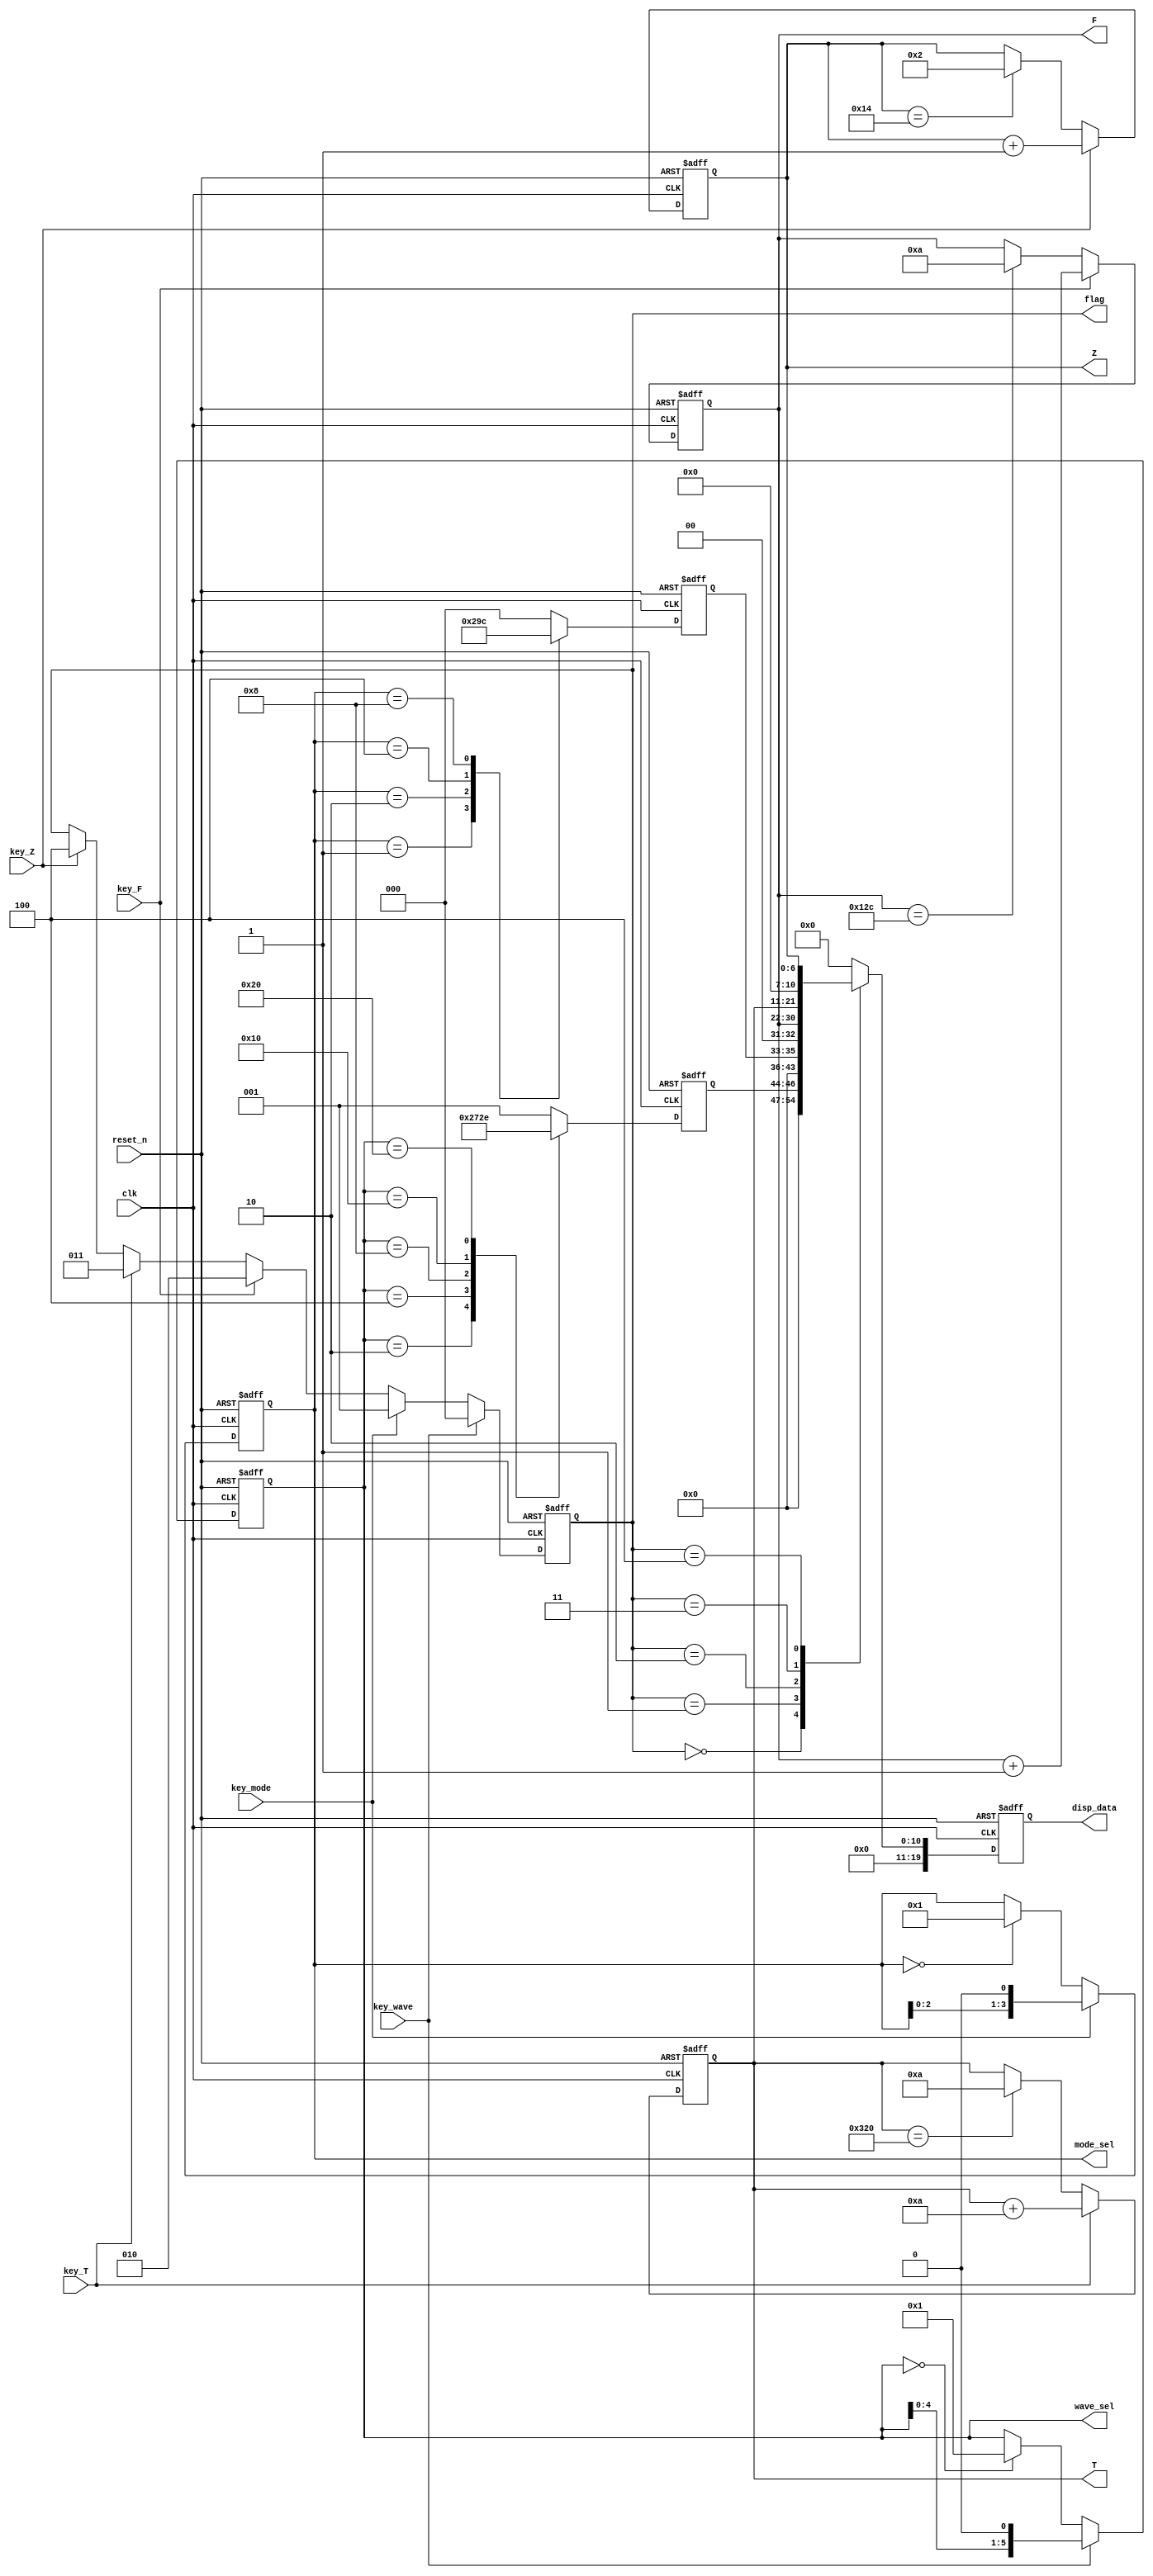
`timescale 1ns / 1ps
//////////////////////////////////////////////////////////////////////////////////
// Company: 
// Engineer: 
// 
// Design Name: 
// Module Name: para_con
// Project Name: 
// Target Devices: 
// Tool Versions: 
// Description: 
// 
// Dependencies: 
// 
// Revision:
// Revision 0.01 - File Created
// Additional Comments:
// 
//////////////////////////////////////////////////////////////////////////////////


`timescale 1ns / 1ps
//////////////////////////////////////////////////////////////////////////////////
// Company: 
// Engineer: 
// 
// Design Name: 
// Module Name: key_led
// Project Name: 
// Target Devices: 
// Tool Versions: 
// Description: 
// 
// Dependencies: 
// 
// Revision:
// Revision 0.01 - File Created
// Additional Comments:
// 
//////////////////////////////////////////////////////////////////////////////////

//
module para_con(
    input wire clk, //50M
    input wire reset_n, //
    input wire key_wave,//wave_sel
    input wire key_mode,//mode_sel
    input wire key_F,//F
    input wire key_T,//T
    input wire key_Z,//Z
    
    output reg  [5:0]   wave_sel,
    output reg  [3:0]   mode_sel,    
    output reg  [8:0]   F,// 1 0.1MHZ
    output reg  [10:0]  T,//
    output reg  [6:0]   Z,//0-1001/Z   
    output reg  [19:0]  disp_data,
    output reg  [2:0]  flag //      
    );
    
//wave_sel
always@(posedge clk or negedge reset_n)
    if(!reset_n)
        wave_sel <= 6'b000_001;
    else if(key_wave)
        wave_sel <= wave_sel << 1;
    else if(wave_sel == 6'b000_000)
        wave_sel <= 6'b000_001;
    else
        wave_sel <= wave_sel;

//mode_sel
always@(posedge clk or negedge reset_n)
    if(!reset_n)
        mode_sel <= 4'b0001;
    else if(key_mode)
        mode_sel <= mode_sel << 1;
    else if(mode_sel == 4'b0)
        mode_sel <= 4'b0001;
    else 
         mode_sel <= mode_sel;

//F
always@(posedge clk or negedge reset_n)
    if(!reset_n)
        F <= 9'd1;
    else if(key_F)
        F <= F + 9'd1;
    else if(F == 9'd300)
        F <= 9'd10;
    else
        F <= F ;
          
//T
always@(posedge clk or negedge reset_n)
    if(!reset_n)
        T <= 11'd10;
    else if(key_T)
        T <= T + 11'd10;
    else if(T == 11'd800)
        T <= 11'd10;
    else
        T <= T ;

//Z
always@(posedge clk or negedge reset_n)
    if(!reset_n)
        Z <= 7'd2;
    else if(key_Z)
        Z <= Z + 1'd1;
    else if(Z == 7'd20)
        Z <= 7'd2;
    else
        Z <= Z ;    

//
//reg [2:0] flag;//
always@(posedge clk or negedge reset_n)
    if(!reset_n)
        flag <= 3'd0;
    else if(key_wave)
        flag <= 3'd0;
    else if(key_mode)
        flag <= 3'd1;
    else if(key_F)
        flag <= 3'd2;
    else if(key_T)
        flag <= 3'd3;
    else if(key_Z)
        flag <= 3'd4;
    else
        flag <= flag;

reg [2:0] cnt_wave;
always@(posedge clk or negedge reset_n)
    if(!reset_n)
        cnt_wave <= 3'd0;
    else 
        case (wave_sel)
            6'b000_001:cnt_wave <= 3'd1;
            6'b000_010:cnt_wave <= 3'd2;
            6'b000_100:cnt_wave <= 3'd3;
            6'b001_000:cnt_wave <= 3'd4;
            6'b010_000:cnt_wave <= 3'd5;
            6'b100_000:cnt_wave <= 3'd6;
            default: cnt_wave <= 3'b1;
        endcase

reg [2:0] cnt_mode;
always@(posedge clk or negedge reset_n)
    if(!reset_n)
        cnt_mode <= 3'd0;
    else 
        case (mode_sel)
            4'b0_001:cnt_mode <= 3'd1;
            4'b0_010:cnt_mode <= 3'd2;
            4'b0_100:cnt_mode <= 3'd3;
            4'b1_000:cnt_mode <= 3'd4;
            default: cnt_mode <= 3'b0;
        endcase

always@(posedge clk or negedge reset_n)
    if(!reset_n)
        disp_data <= 20'd0;
    else
        case (flag)
            3'd0: disp_data <= cnt_wave;
            3'd1: disp_data <= cnt_mode;
            3'd2: disp_data <= F;
            3'd3: disp_data <= T;
            3'd4: disp_data <= Z;
            default: disp_data <= 20'b0;
        endcase


endmodule